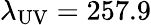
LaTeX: \lambda_{\mathrm{UV}}=257.9